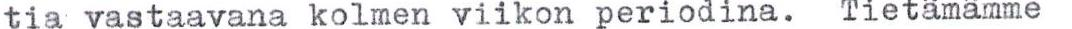
tia vastaavana kolmen viikon periodina. Tietämämme